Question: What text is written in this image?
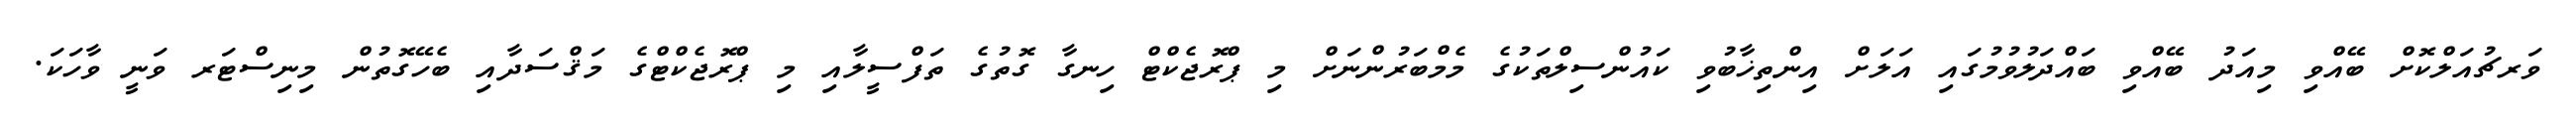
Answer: ވަރޗުއަލްކޮށް ބޭއްވި މިއަދު ބޭއްވި ބައްދަލުވުމުގައި އަލަށް އިންތިޚާބުވި ކައުންސިލްތަކުގެ މެމްބަރުންނަށް މި ޕްރޮޖެކްޓް ހިނގާ ގޮތުގެ ތަފްސީލާއި މި ޕްރޮޖެކްޓްގެ މަޤްސަދާއި ބެހޭގޮތުން މިނިސްޓަރ ވަނީ ވާހަކަ.